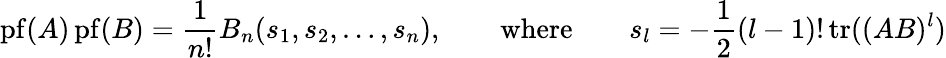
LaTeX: \mathrm{pf}(A)\, \mathrm{pf}(B)={\frac{1}{n!}}B_{n}(s_{1},s_{2},\ldots,s_{n}),\qquad\mathrm{where}\qquad s_{l}=-{\frac{1}{2}}(l-1)!\, \mathrm{tr}((AB)^{l})